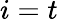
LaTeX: i=t